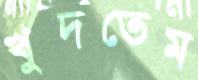
খুদতেম